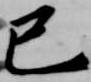
巳